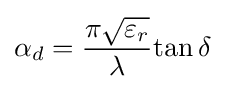
\alpha _{d}={{\pi }{\sqrt {\varepsilon _{r}}} \over {\lambda }}{\tan \delta }